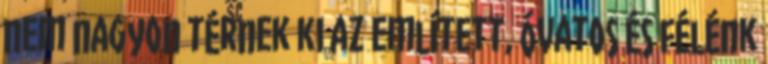
nem nagyon térnek ki az említett, óvatos és félénk